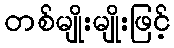
တစ်မျိုးမျိုးဖြင့်